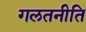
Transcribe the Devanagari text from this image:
गलतनीति